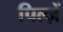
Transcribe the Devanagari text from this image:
पिल्ज़ें